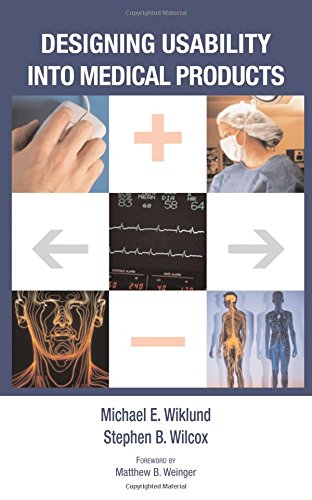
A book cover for Designing Usability into Medical Products; Michael E. Wiklund; Medical Books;